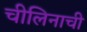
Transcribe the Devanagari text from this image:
चीलिनाची